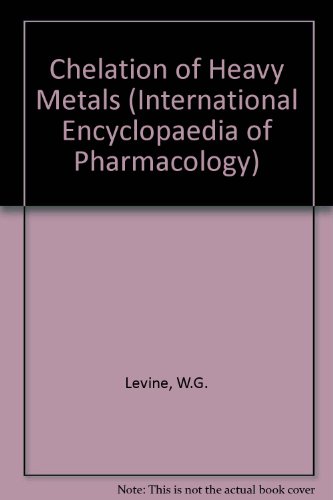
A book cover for Chelation of Heavy Metals (International Encyclopaedia of Pharmacology); W.G. Levine; Health, Fitness & Dieting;